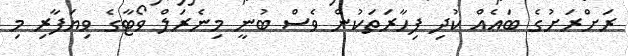
ރަށްރަށުގެ ބައެއް ކުދި ފިހާރަތަކުން ވެސް ބުނީ މިނެރަލް ވޯޓާގެ ވިޔަފާރި މި